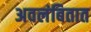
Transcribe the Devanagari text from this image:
अवलंबितात